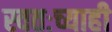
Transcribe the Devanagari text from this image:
स्वतःच्याही